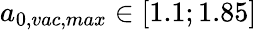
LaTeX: a_{0,vac,max}\in[1.1;1.85]